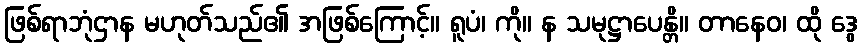
ဖြစ်ရာဘုံဌာန မဟုတ်သည်၏ အဖြစ်ကြောင့်။ ရူပံ၊ ကို။ န သမုဋ္ဌာပေန္တိ။ တာနေဝ၊ ထို ဒွေ